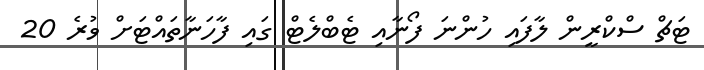
ޓަޗް ސްކްރީން ލާފައި ހުންނަ ފޯނާއި ޓެބްލެޓް ގައި ފާހަނާތައްޓަށް ވުރެ 20